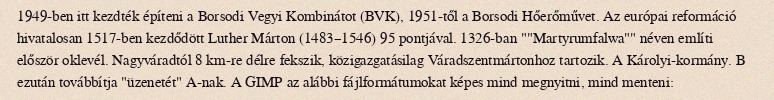
1949-ben itt kezdték építeni a Borsodi Vegyi Kombinátot (BVK), 1951-től a Borsodi Hőerőművet. Az európai reformáció hivatalosan 1517-ben kezdődött Luther Márton (1483–1546) 95 pontjával. 1326-ban ""Martyrumfalwa"" néven említi először oklevél. Nagyváradtól 8 km-re délre fekszik, közigazgatásilag Váradszentmártonhoz tartozik. A Károlyi-kormány. B ezután továbbítja "üzenetét" A-nak. A GIMP az alábbi fájlformátumokat képes mind megnyitni, mind menteni: